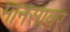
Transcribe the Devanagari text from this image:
मानसावर